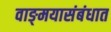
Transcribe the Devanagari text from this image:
वाङ्‌मयासंबंधात